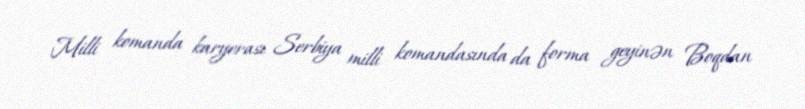
Milli komanda karyerası Serbiya milli komandasında da forma geyinən Boqdan